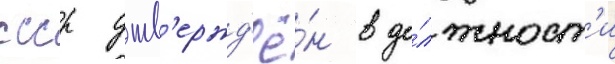
ссср утв'ержд'ё́н в до́лжност'и